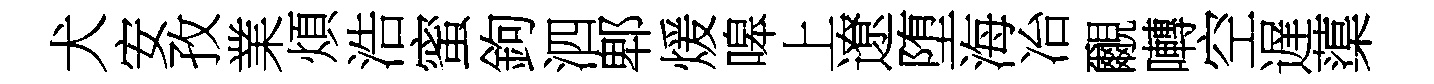
犬安孜業煩浩蜜鉤泗郫煖嗥上遼堕海冶覼囀空遅蕖